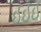
ઈઈઈ